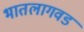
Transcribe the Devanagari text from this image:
भातलागवड